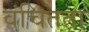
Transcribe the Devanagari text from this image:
वंचितता